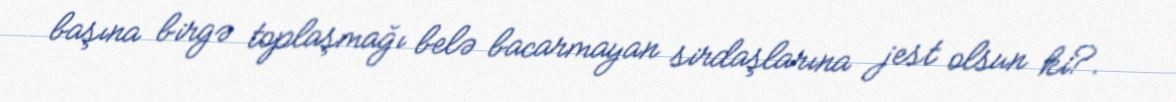
başına birgə toplaşmağı belə bacarmayan sirdaşlarına jest olsun ki?.